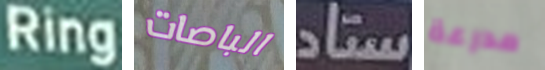
Ring الباصات ستاد مدرعة